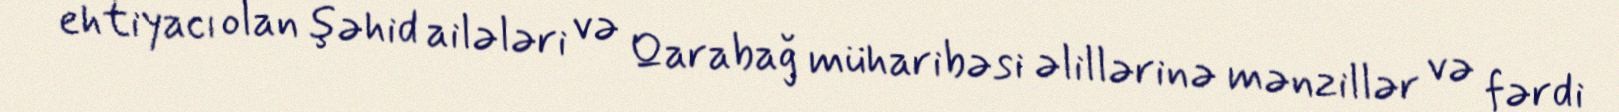
ehtiyacı olan şəhid ailələri və Qarabağ müharibəsi əlillərinə mənzillər və fərdi